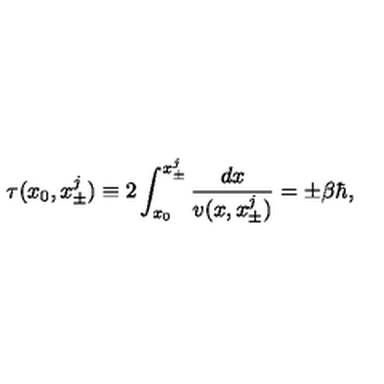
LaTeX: \tau ( x _ { 0 } , x _ { \pm } ^ { j } ) \equiv 2 \int _ { x _ { 0 } } ^ { x _ { \pm } ^ { j } } \frac { d x } { v ( x , x _ { \pm } ^ { j } ) } = \pm \beta \hbar ,